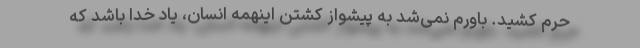
حرم کشید. باورم نمی‌شد به پیشواز کشتن اینهمه انسان، یاد خدا باشد که